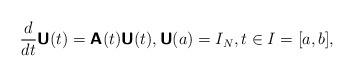
LaTeX: \begin{align*}\frac{d}{dt}\boldsymbol{\mathsf{U}}(t) = \boldsymbol{\mathsf{A}}(t) \boldsymbol{\mathsf{U}}(t), \boldsymbol{\mathsf{U}}({a})=I_N, t \in I = [{a},b],\end{align*}